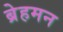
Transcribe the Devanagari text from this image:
ब्रेहमन